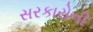
સરકારોની